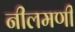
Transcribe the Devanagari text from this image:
नीलमणी